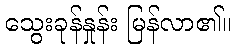
သွေးခုန်နှုန်း မြန်လာ၏။